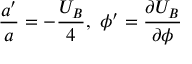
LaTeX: \frac { a ^ { \prime } } { a } = - \frac { U _ { B } } { 4 } , \ \phi ^ { \prime } = \frac { \partial U _ { B } } { \partial \phi }